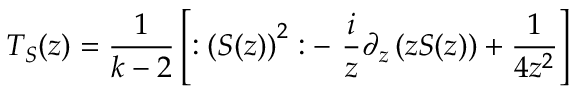
T _ { S } ( z ) = \frac 1 { k - 2 } \left[ : \left( S ( z ) \right) ^ { 2 } : - \, \, \frac i z \partial _ { z } \left( z S ( z ) \right) + \frac 1 { 4 z ^ { 2 } } \right]